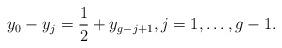
LaTeX: \begin{align*}y_0 - y_j = \frac{1}{2} + y_{g-j+1}, j =1, \ldots, g-1.\end{align*}